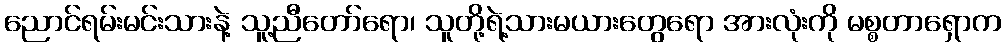
ညောင်ရမ်းမင်းသားနဲ့ သူ့ညီတော်ရော၊ သူတို့ရဲ့သားမယားတွေရော အားလုံးကို မစ္စတာရှောက